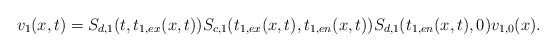
\begin{align*} v_1(x,t)=S_{d,1}(t,t_{1,ex}(x,t))S_{c,1}(t_{1,ex}(x,t),t_{1,en}(x,t))S_{d,1}(t_{1,en}(x,t),0)v_{1,0}(x).\end{align*}